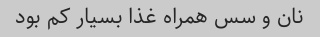
نان و سس همراه غذا بسیار کم بود